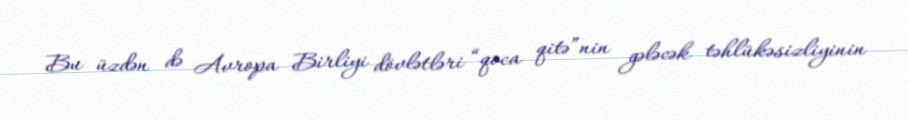
Bu üzdən də Avropa Birliyi dövlətləri “qoca qitə”nin gələcək təhlükəsizliyinin